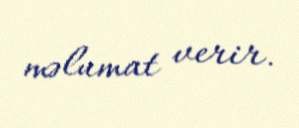
məlumat verir.